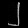
Digit: ၂